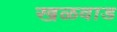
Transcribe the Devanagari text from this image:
खळवाड